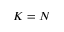
K = N